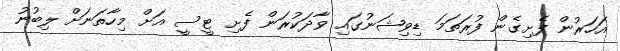
އަހަރުން ފެށިގެން ފުރަތަމަ ޑިވިޝަނުގައި ވާދަކުރަން ފެށި ޓީސީ އަށް މިހާތަނަށް ލިބުނު